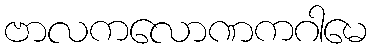
ဗာလကလောဏကဂါမေ